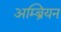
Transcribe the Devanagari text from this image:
अम्ब्रियन